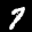
Label: 7